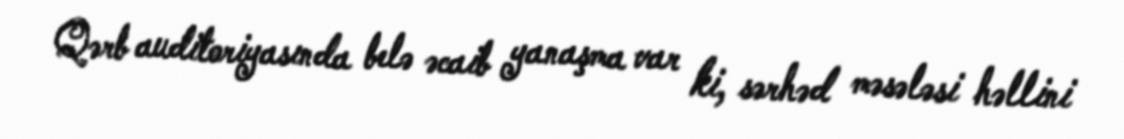
Qərb auditoriyasında belə əcaib yanaşma var ki, sərhəd məsələsi həllini